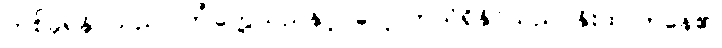
တစ်ခုရနိုင်သည် ကြုံတွေ့သည်နှင့် လေ့လာသိရှိနိုင်သည် နိုးထလာနေ၏